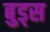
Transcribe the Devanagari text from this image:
बुड्स